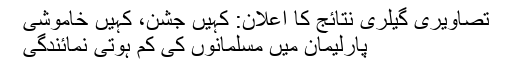
تصاویری گیلری نتائج کا اعلان: کہیں جشن، کہیں خاموشی
پارلیمان میں مسلمانوں کی کم ہوتی نمائندگی